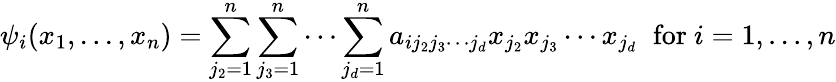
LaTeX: \psi_{i}(x_{1},...,x_{n})=\sum_{j_{2}=1}^{n}\sum_{j_{3}=1}^{n}\cdots\sum_{j_{d}=1}^{n}a_{ij_{2}j_{3}\cdots j_{d}}x_{j_{2}}x_{j_{3}}\cdots x_{j_{d}}\; \; {\mathrm{for~}}i=1,...,n